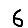
Digit: 6